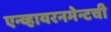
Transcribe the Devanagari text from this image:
एन्व्हायरनमेन्टची